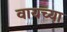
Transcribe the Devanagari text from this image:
वायच्या